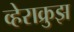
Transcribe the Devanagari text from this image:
व्हेराक्रुझ